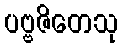
ပဗ္ဗဇိတေသု